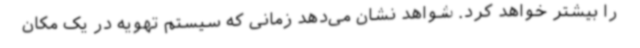
را بیشتر خواهد کرد. شواهد نشان می‌دهد زمانی که سیستم تهویه در یک مکان